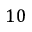
1 0